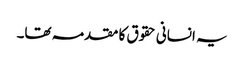
یہ انسانی حقوق کا مقدمہ تھا۔